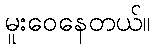
မူးဝေနေတယ်။